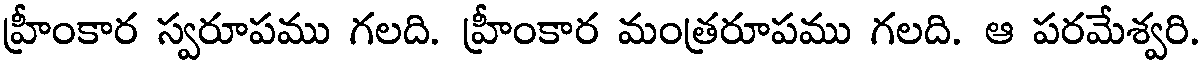
హ్రీంకార స్వరూపము గలది. హ్రీంకార మంత్రరూపము గలది. ఆ పరమేశ్వరి.